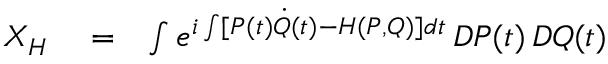
\begin{array} { r l r } { X _ { H } } & { { } = } & { \int e ^ { i \int [ P ( t ) \dot { Q } ( t ) - H ( P , Q ) ] d t } \, { \cal D } P ( t ) \, { \cal D } Q ( t ) } \end{array}